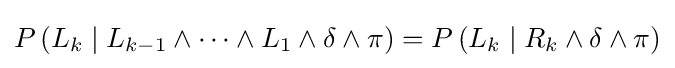
P\left(L_{k}\mid L_{k-1}\wedge \cdots \wedge L_{1}\wedge \delta \wedge \pi \right)=P\left(L_{k}\mid R_{k}\wedge \delta \wedge \pi \right)